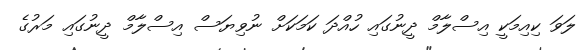
ލަވަ ކިއިމަކީ އިސްލާމް ދީނުގައި ހުއްދަ ކަމަކަށް ނުވިޔަސް އިސްލާމް ދީނުގައި މަރުގެ